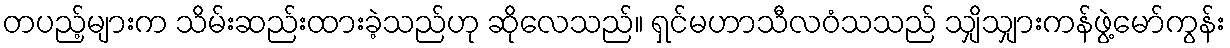
တပည့်များက သိမ်းဆည်းထားခဲ့သည်ဟု ဆိုလေသည်။ ရှင်မဟာသီလဝံသသည် သျှိသျှားကန်ဖွဲ့မော်ကွန်း